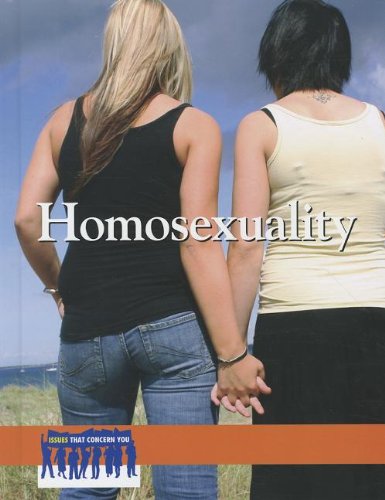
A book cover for Homosexuality (Issues That Concern You); Tamara L. Roleff; Teen & Young Adult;